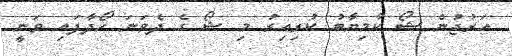
އަރުޖުން ޝޯ ކާމިޔާބު ކުރިއިރު މި ޝޯ ގެ ދެވަނަ ހޯދާފައި ވަނީ